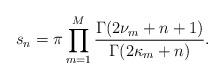
LaTeX: \begin{align*}s_n=\pi\prod_{m=1}^M\frac{\Gamma(2\nu_m+n+1)}{\Gamma(2\kappa_m+n)}.\end{align*}